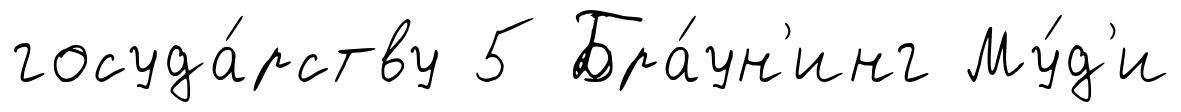
госуда́рству 5 Бра́ун'инг Му́д'и